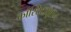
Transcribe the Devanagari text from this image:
कांस्टिटयूशन